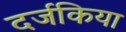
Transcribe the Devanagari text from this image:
दर्जकिया